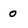
Character: 0